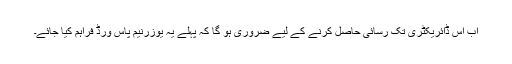
اب اس ڈائریکٹری تک رسائی حاصل کرنے کے لیے ضروری ہو گا کہ پہلے یہ یوزرنیم پاس ورڈ فراہم کیا جائے۔